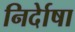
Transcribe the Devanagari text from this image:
निर्देाषा